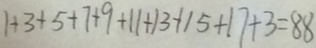
1 + 3 + 5 + 7 + 9 + 1 1 + 1 3 + 1 5 + 1 7 + 3 = 8 8